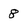
Character: 8